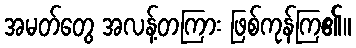
အမတ်တွေ အလန့်တကြား ဖြစ်ကုန်ကြ၏။